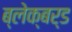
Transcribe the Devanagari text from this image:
ब्लेक्बर्ड